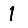
Digit: 1